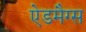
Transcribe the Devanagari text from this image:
ऐडमैग्स